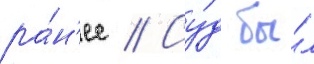
ра́н'ее // Су́д бы́л